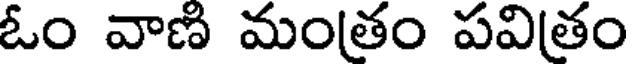
ఓం వాణి మంతం పవితం